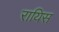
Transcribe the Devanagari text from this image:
रायिस